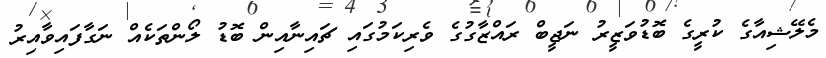
މެލޭޝިއާގެ ކުރީގެ ބޮޑުވަޒީރު ނަޖީބް ރައްޒާގުގެ ވެރިކަމުގައި ޗައިނާއިން ބޮޑު ލޯންތަކެއް ނަގާފައިވާއިރު